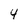
Character: 4